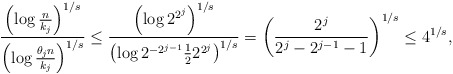
\begin{align*}\frac{\left(\log{\frac{n}{k_j}}\right)^{1/s}}{\left(\log{\frac{\theta_j n}{k_j}}\right)^{1/s}} \le \frac{\left(\log{2^{2^j}}\right)^{1/s}}{\left(\log{2^{-2^{j-1}} \frac{1}{2} 2^{2^j}}\right)^{1/s}} =\left( \frac{2^j}{2^{j} - 2^{j-1} - 1} \right)^{1/s} \le 4^{1/s},\end{align*}